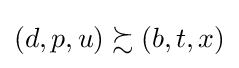
\left(d,p,u\right)\succsim \left(b,t,x\right)